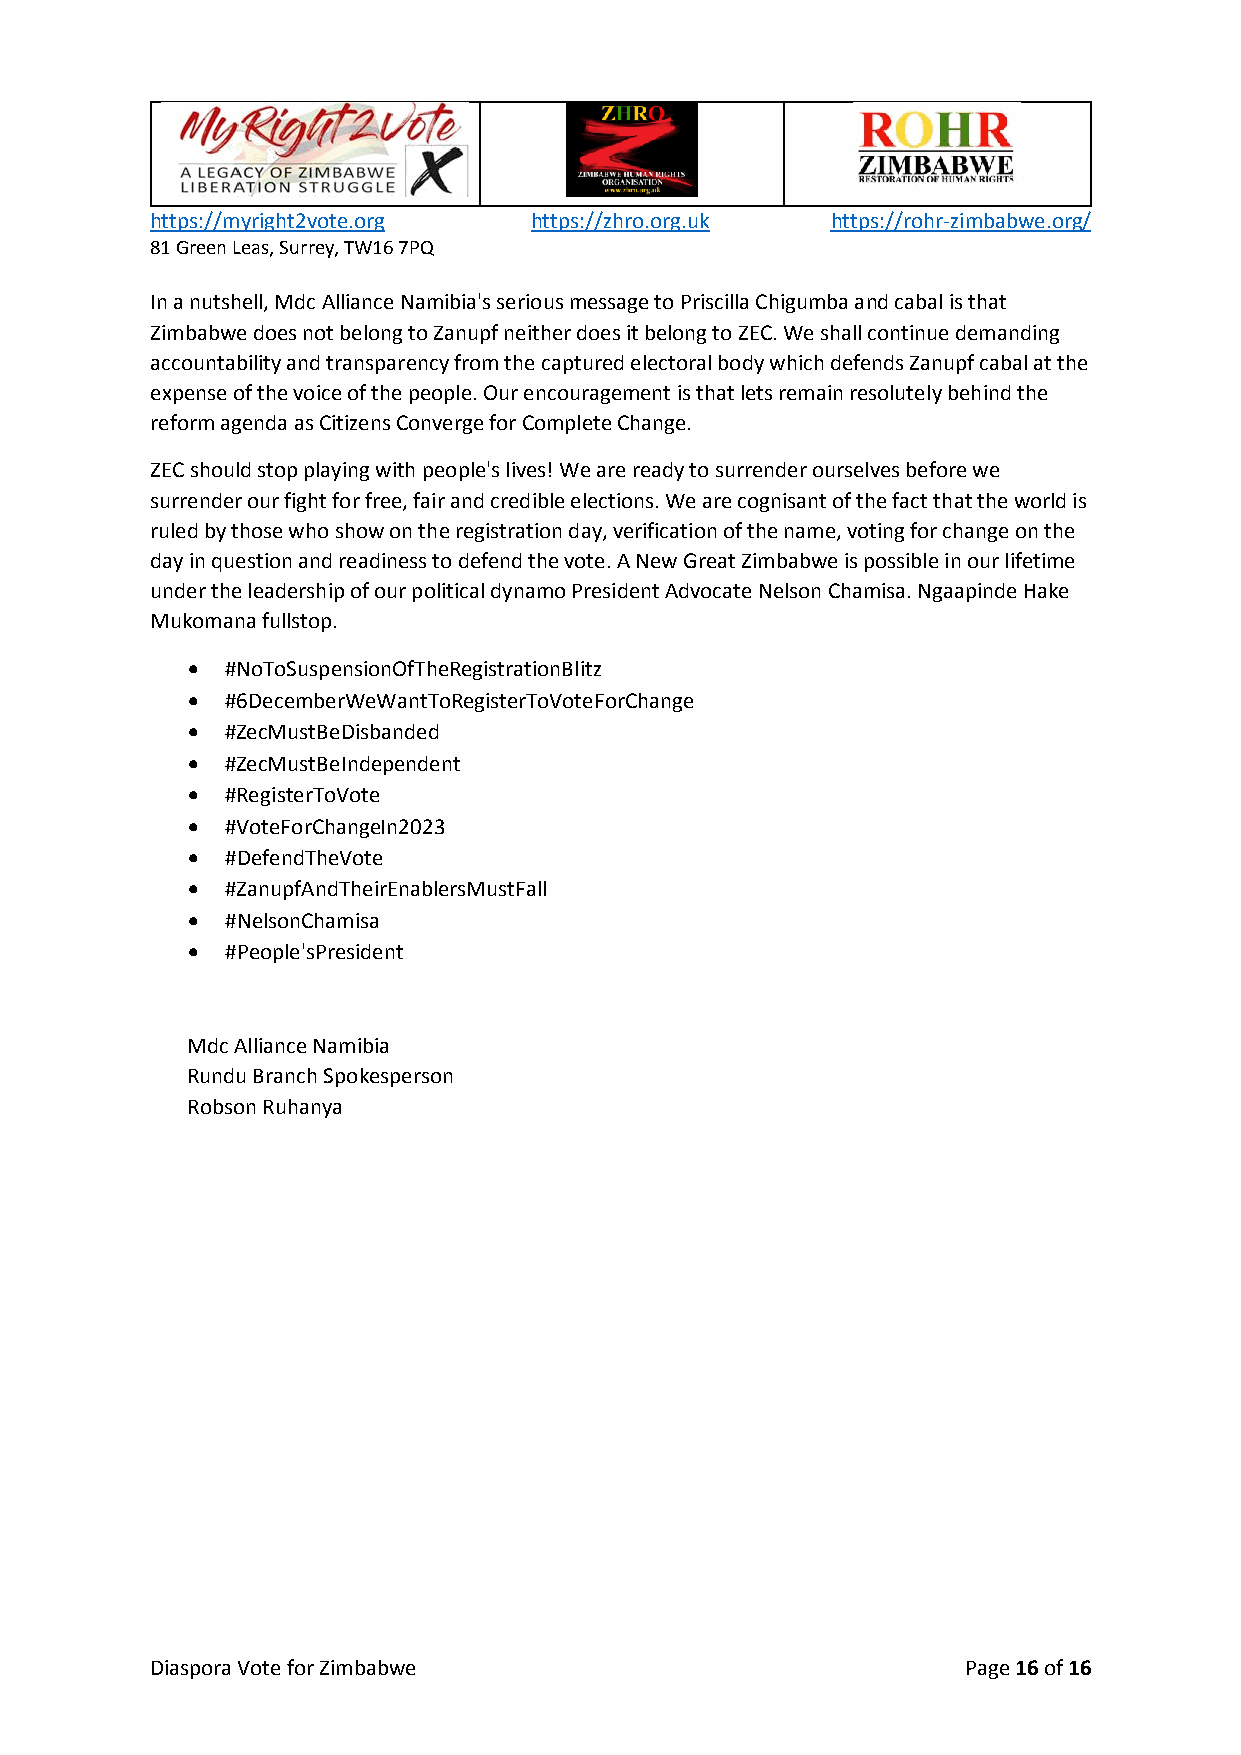
https://myright2vote.org https://zhro.org.uk https://rohr-zimbabwe.org/
 81 Green Leas, Surrey, TW16 7PQ
 In a nutshell, Mdc Alliance Namibia's serious message to Priscilla Chigumba and cabal is that
 Zimbabwe does not belong to Zanupf neither does it belong to ZEC. We shall continue demanding
 accountability and transparency from the captured electoral body which defends Zanupf cabal at the
 expense of the voice of the people. Our encouragement is that lets remain resolutely behind the
 reform agenda as Citizens Converge for Complete Change.
 ZEC should stop playing with people's lives! We are ready to surrender ourselves before we
 surrender our fight for free, fair and credible elections. We are cognisant of the fact that the world is
 ruled by those who show on the registration day, verification of the name, voting for change on the
 day in question and readiness to defend the vote. A New Great Zimbabwe is possible in our lifetime
 under the leadership of our political dynamo President Advocate Nelson Chamisa. Ngaapinde Hake
 Mukomana fullstop.
 •  #NoToSuspensionOfTheRegistrationBlitz
 •  #6DecemberWeWantToRegisterToVoteForChange
 •  #ZecMustBeDisbanded
 •  #ZecMustBeIndependent
 •  #RegisterToVote
 •  #VoteForChangeIn2023
 •  #DefendTheVote
 •  #ZanupfAndTheirEnablersMustFall
 •  #NelsonChamisa
 •  #People'sPresident
 Mdc Alliance Namibia
 Rundu Branch Spokesperson
 Robson Ruhanya
 Diaspora Vote for Zimbabwe                            Page 16 of 16